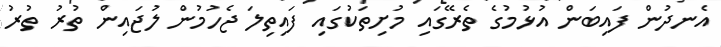
އެނދުން ފައިބަން އުޅުމުގެ ތެރޭގައި މުށިތަކުގައި ފައިތިލަ ޖެހުމުން ލުޖައިން ތުރު ތުރު